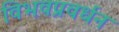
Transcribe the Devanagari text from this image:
विभवप्रवर्धन